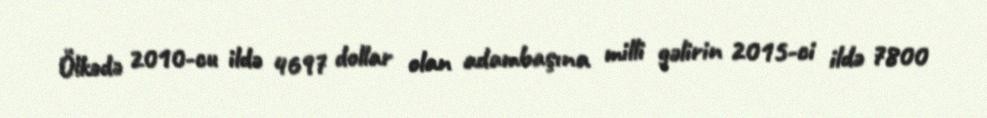
Ölkədə 2010-cu ildə 4697 dollar olan adambaşına milli gəlirin 2015-ci ildə 7800